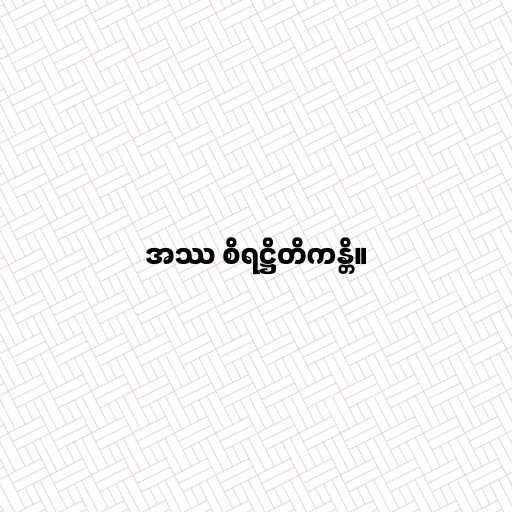
အဿ စိရဋ္ဌိတိကန္တိ။